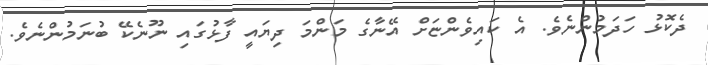
ދެކޮޅު ހަދަމުންނެވެ. އެ ކައިވެންޏަށް އޭނާގެ މަންމަ ދިޔައީ ފާޅުގައި ނޫނެކޭ ބުނަމުންނެވެ.